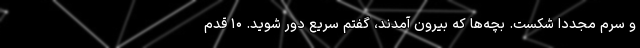
و سرم مجددا شکست. بچه‌ها که بیرون آمدند، گفتم سریع دور شوید. ۱۰ قدم